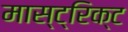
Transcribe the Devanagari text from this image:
मास्ट्रिक्ट